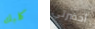
كلبك أحضرتي